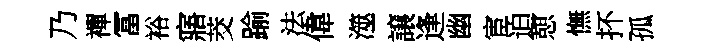
乃襌冨裕寤茭踰法偉澨譲逢幽宦迫憇憮抔孤